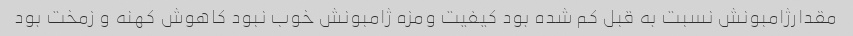
مقدارژامبونش نسبت به قبل کم شده بود کیفیت ومزه ژامبونش خوب نبود کاهوش کهنه و زمخت بود